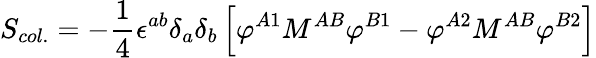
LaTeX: S_{col.}=-{\frac{1}{4}}\epsilon^{ab}\delta_{a}\delta_{b}\left[\varphi^{A1}M^{AB}\varphi^{B1}-\varphi^{A2}M^{AB}\varphi^{B2}\right]